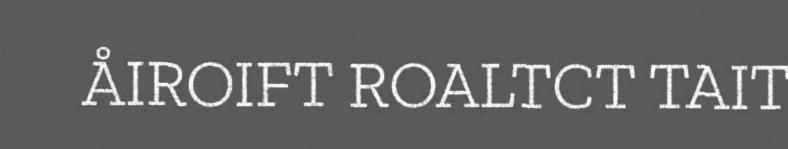
ÅIROIFT ROALTCT TAIT